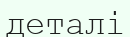
деталі